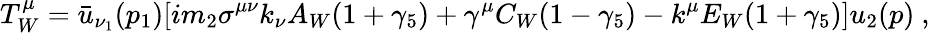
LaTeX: T_{W}^{\mu}={\bar{u}}_{\nu_{1}}(p_{1})[im_{2}\sigma^{\mu\nu}k_{\nu}A_{W}(1+\gamma_{5})+\gamma^{\mu}C_{W}(1-\gamma_{5})-k^{\mu}E_{W}(1+\gamma_{5})]u_{2}(p)\ ,